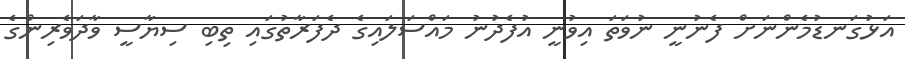
އަޅުގަނޑުމެންނަށް ފެނުނީ ނުވަތަ އިވުނީ އުފެދުނު މައްސަލައިގެ ދެފަރާތުގައި ތިބި ސިޔާސީ ވާދަވެރިންގެ